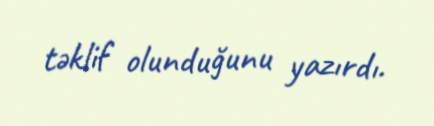
təklif olunduğunu yazırdı.